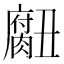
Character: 𮌾